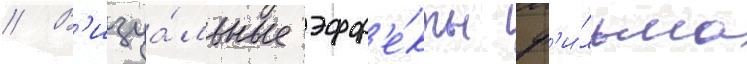
// В'изуа́льные эфф'е́кты ф'и́льма